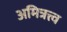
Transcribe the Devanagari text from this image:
अमित्रत्त्व